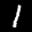
Label: 1